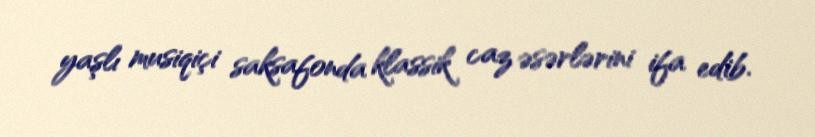
yaşlı musiqiçi saksafonda klassik caz əsərlərini ifa edib.